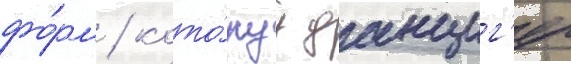
фо́рм / кото́руу данциг'ер